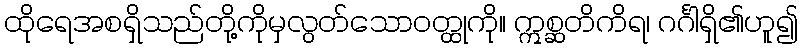
ထိုရေအစရှိသည်တို့ကိုမှလွတ်သောဝတ္ထုကို။ ဣစ္ဆတိကိရ၊ ဂင်္ဂါရှိ၏ဟူ၍